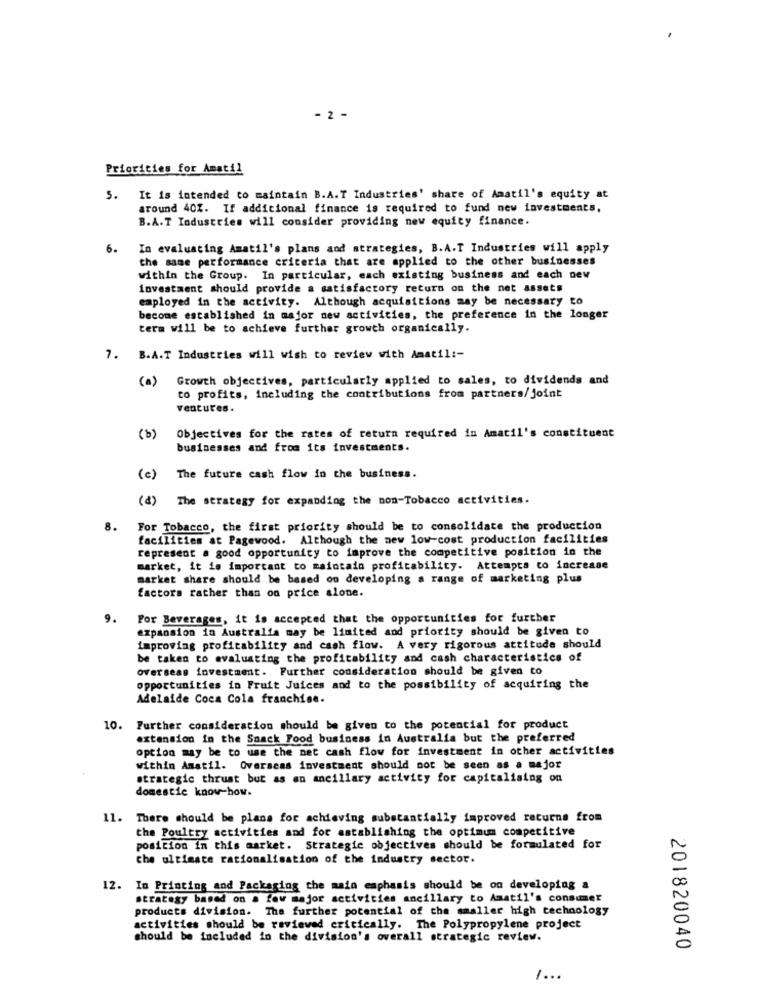
- 2 -
Priorities for Amatil
5. It is intended to maintain B.A.T Industries' share of Amatil's equity at
around 40%. If additional finance is required to fund new investments,
B.A.T Industries will consider providing new equity finance.
6.
In evaluating Amatil's plans and strategies, B.A.T Industries will apply
the same performance criteria that are applied to the other businesses
within the Group. In particular, each existing business and each new
investment should provide a satisfactory return on the net assets
employed in the activity. Although acquisitions may be necessary to
become established in major new activities, the preference in the longer
term will be to achieve further growth organically.
7. B.A.T Industries will wish to review with Amatil :-
(a)
Growth objectives, particularly applied to sales, to dividends and
to profits, including the contributions from partners/joint
ventures.
(b)
Objectives for the rates of return required in Amatil's constituent
businesses and from its investments.
(c)
The future cash flow in the business.
(8)
The strategy for expanding the non-Tobacco activities.
8.
For Tobacco, the first priority should be to consolidate the production
facilities at Pagewood. Although the new low-cost production facilities
represent a good opportunity to improve the competitive position in the
market, it is important to maintain profitability. Attempts to increase
market share should be based on developing a range of marketing plus
factors rather than on price alone.
9.
Por Beverages, it is accepted that the opportunities for further
expansion in Australia may be limited and priority should be given to
improving profitability and cash flow. A very rigorous attitude should
be taken to evaluating the profitability and cash characteristics of
Overseas investment. Further consideration should be given to
opportunities in Fruit Juices and to the possibility of acquiring the
Adelaide Coca Cola franchise.
10. Further consideration should be given to the potential for product
extension in the Snack Food business in Australia but the preferred
option may be to use the net cash flow for investment in other activities
within Anatil. Overseas investment should not be seen as a major
strategic thrust but as an ancillary activity for capitalising on
domestic know-how.
11. There should be plans for achieving substantially improved returna from
the Poultry activities and for establishing the optimum competitive
position in this market. Strategic objectives should be formulated for
che ultimate rationalisation of the industry sector.
12. In Printing and Packaging the main emphasis should be on developing a
strategy based on a few major activities ancillary to Amatil's consumer
products division. The further potential of the smaller high technology
activities should be reviewed critically. The Polypropylene project
should be included in the division's overall strategic review.
201820040
1 ...